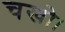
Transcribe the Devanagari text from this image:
चखो।